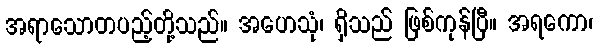
အရာသောတပည့်တို့သည်။ အဟေသုံ၊ ရှိသည် ဖြစ်ကုန်ပြီ။ အရကော၊